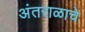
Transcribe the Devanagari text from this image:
अंतराळाचे